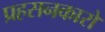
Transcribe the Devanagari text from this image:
प्रहसनकारों